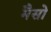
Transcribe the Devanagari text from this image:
मैसो